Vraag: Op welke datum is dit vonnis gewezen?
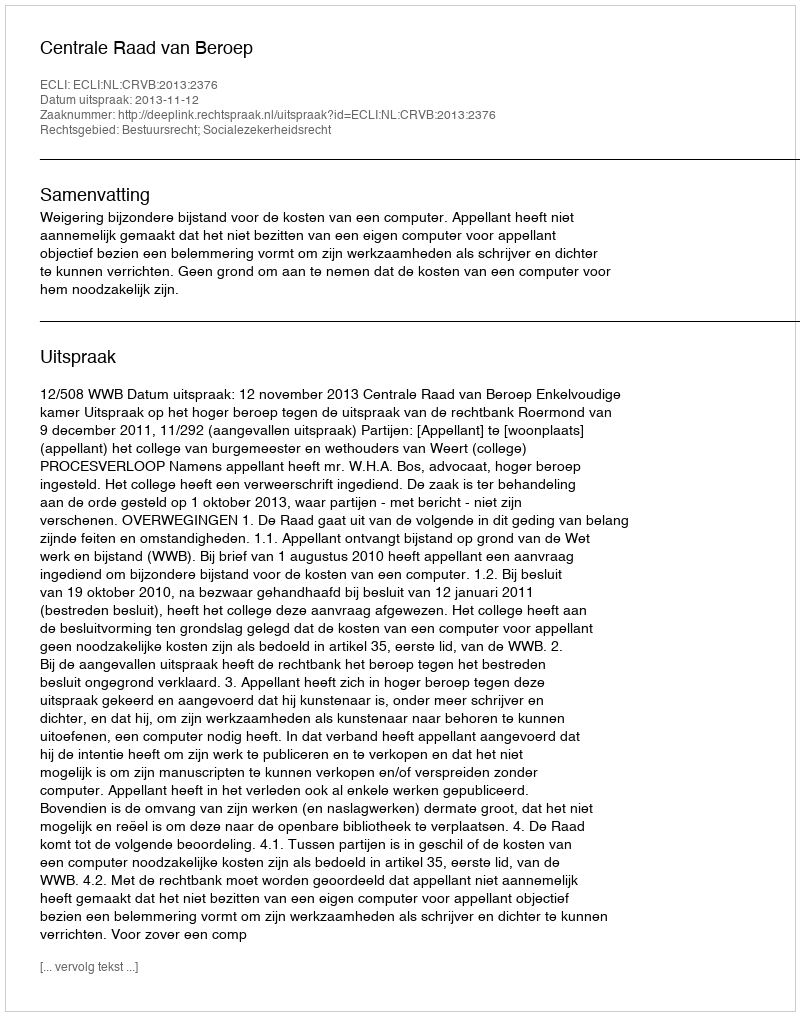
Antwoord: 2013-11-12